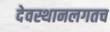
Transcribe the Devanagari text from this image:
देवस्थानलगतच